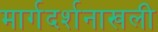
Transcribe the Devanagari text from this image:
मार्गदर्शनाखली